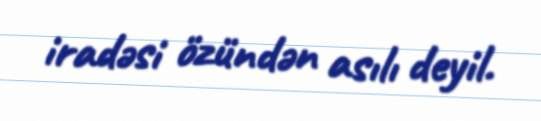
iradəsi özündən asılı deyil.